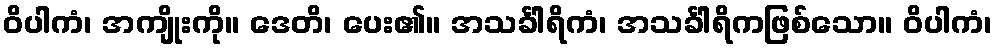
ဝိပါကံ၊ အကျိုးကို။ ဒေတိ၊ ပေး၏။ အသင်္ခါရိကံ၊ အသင်္ခါရိကဖြစ်သော။ ဝိပါကံ၊